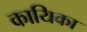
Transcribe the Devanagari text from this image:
कायिका